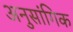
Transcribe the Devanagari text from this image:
अनुसांगिक